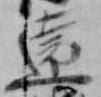
遠